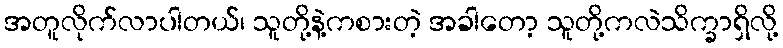
အတူလိုက်လာပါတယ်၊ သူတို့နဲ့ကစားတဲ့ အခါတော့ သူတို့ကလဲသိက္ခာရှိလို့